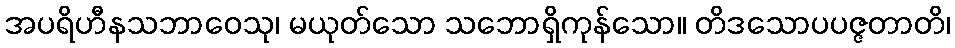
အပရိဟီနသဘာဝေသု၊ မယုတ်သော သဘောရှိကုန်သော။ တိဒသောပပဇ္ဇတာတိ၊